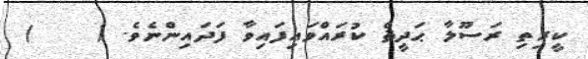
ކީރިތި ރަސޫލާ ޙަދީޘް ކުރައްވައިފައިވާ ފަދައިންނެވެ. (    )